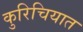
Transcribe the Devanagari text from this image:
कुरिचियात